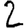
Digit: 2